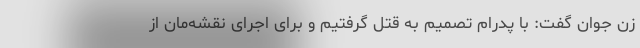
زن جوان گفت: با پدرام تصمیم به قتل گرفتیم و برای اجرای نقشه‌مان از